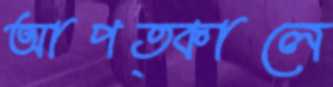
আপত্কালে